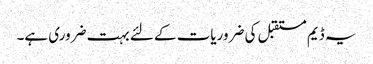
یہ ڈیم مستقبل کی ضروریات کے لئے بہت ضروری ہے۔